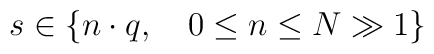
s\in \{n\cdot q,\quad 0\leq n\leq N\gg 1\}